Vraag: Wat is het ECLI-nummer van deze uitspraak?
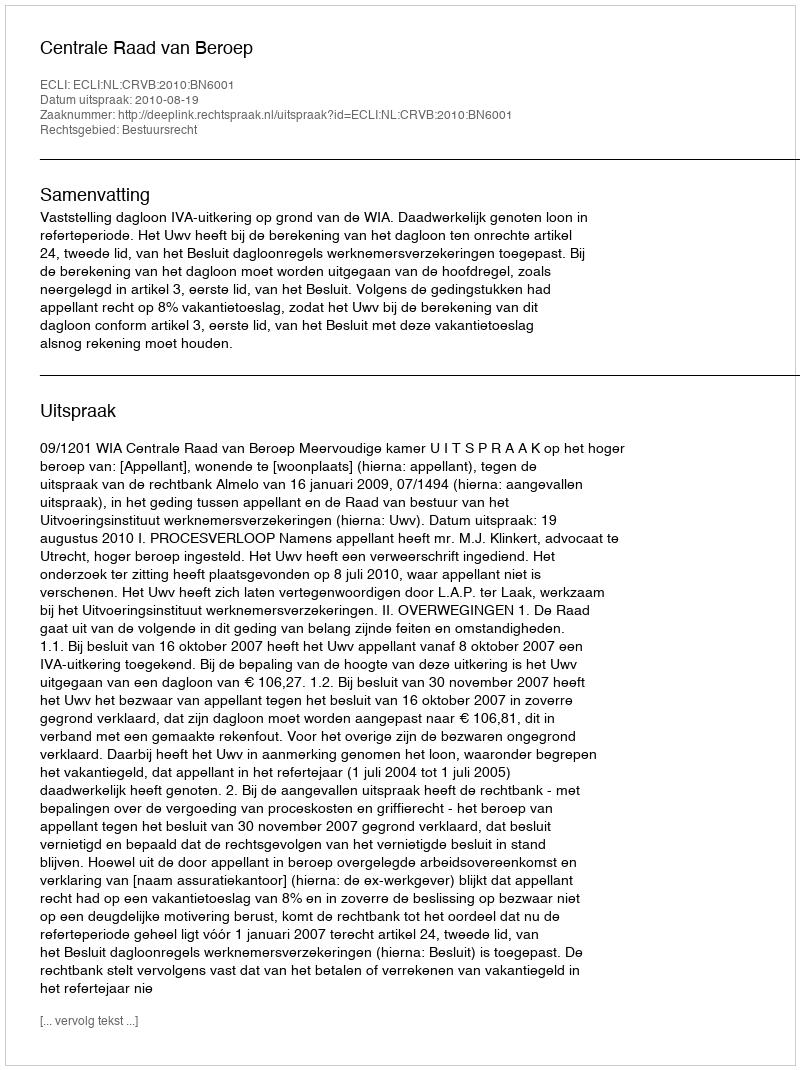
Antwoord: ECLI:NL:CRVB:2010:BN6001